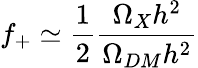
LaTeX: f_{+}\simeq\frac{1}{2}\frac{\Omega_{X}h^{2}}{\Omega_{DM}h^{2}}